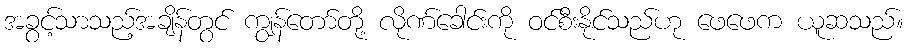
အခွင့်သာသည့်အချိန်တွင် ကျွန်တော်တို့ လိုဏ်ခေါင်းကို ဝင်စီးနိုင်သည်ဟု ဖေဖေက ယူဆသည်။